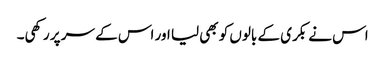
اس نے بکری کے بالوں کو بھی لیا اور اس کے سر پر رکھی۔